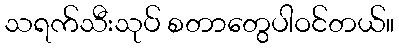
သရက်သီးသုပ် စတာတွေပါဝင်တယ်။